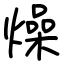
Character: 燥